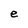
Character: e